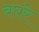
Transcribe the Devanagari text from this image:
बघरे